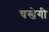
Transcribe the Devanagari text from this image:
चखेगी